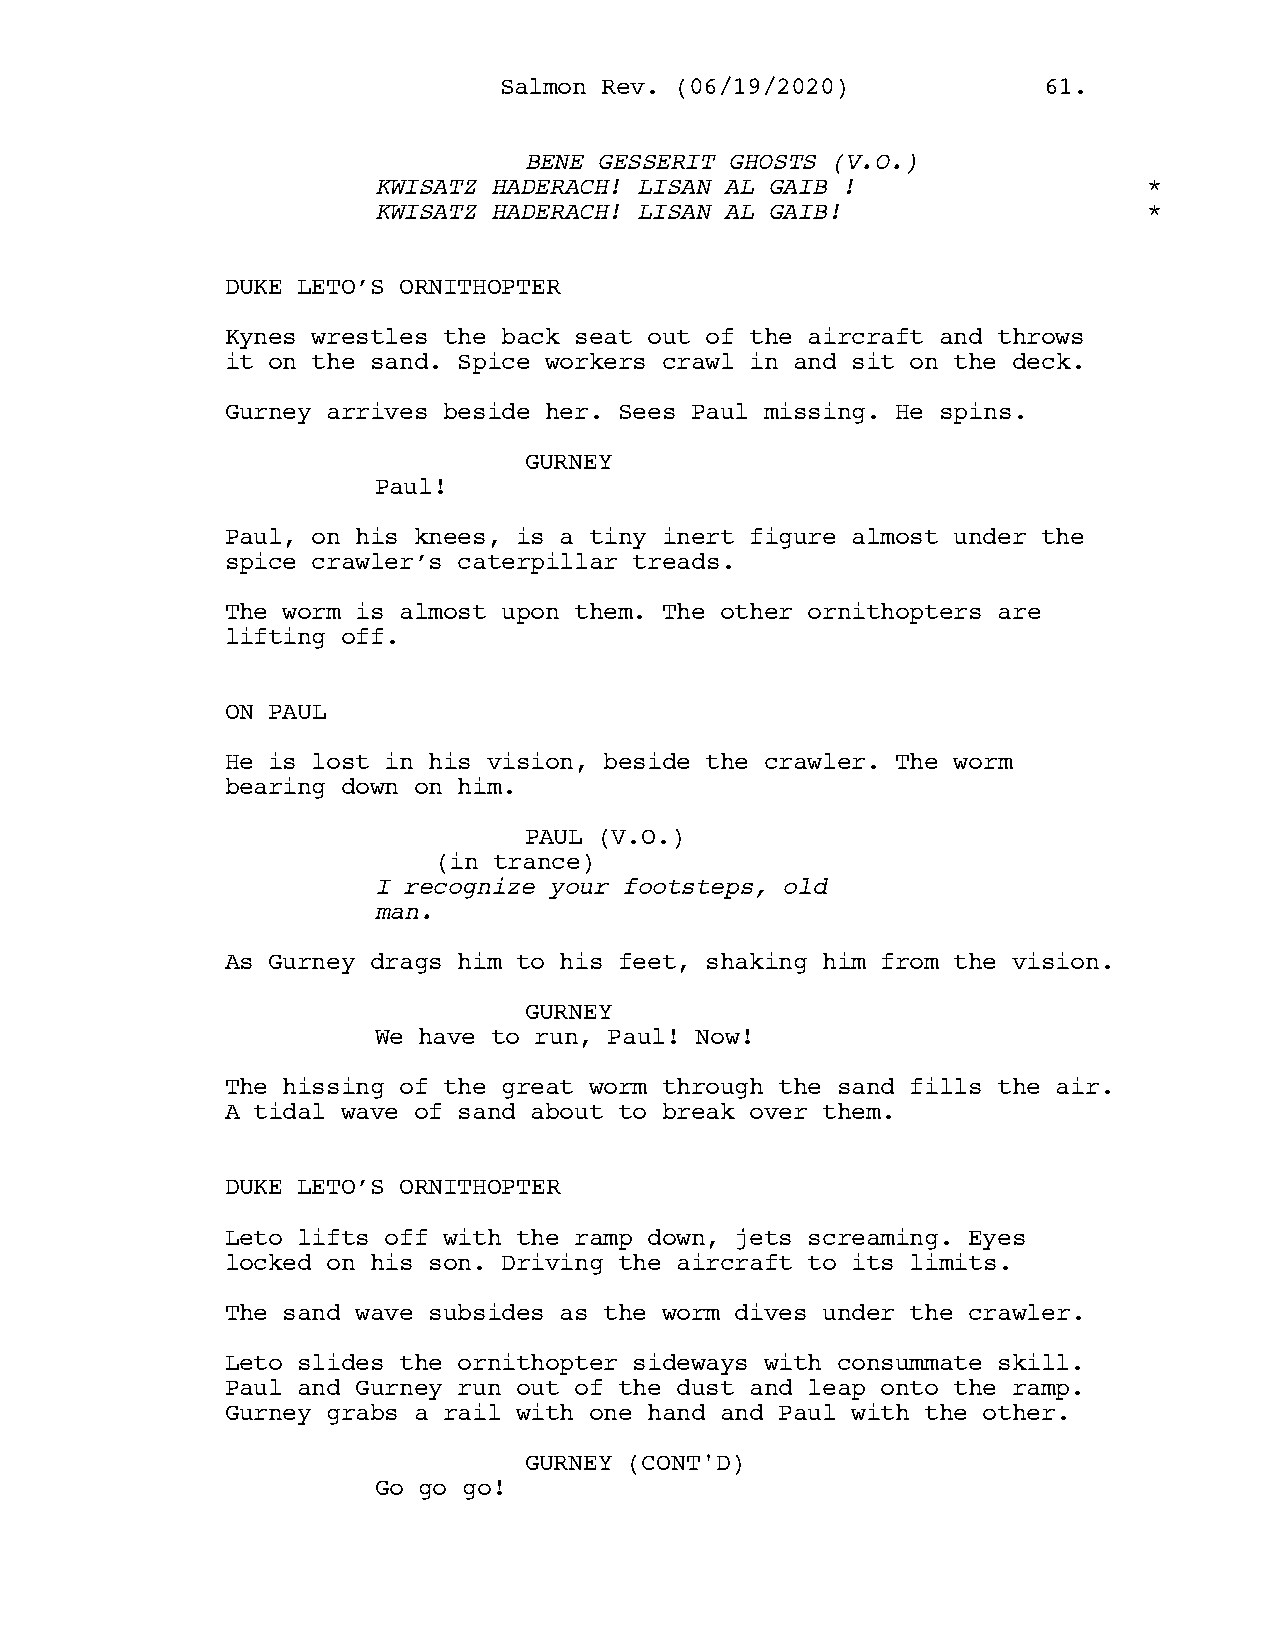
SSaallmmoonn RReevv.. ((0066//1199//22002200)) 6611..
 BENE GESSERIT GHOSTS (V.O.)
 KWISATZ HADERACH! LISAN AL GAIB !                  *
 KWISATZ HADERACH! LISAN AL GAIB!                   *
 DUKE LETO’S ORNITHOPTER
 Kynes wrestles the back seat out of the aircraft and throws
 it on the sand. Spice workers crawl in and sit on the deck.
 Gurney arrives beside her. Sees Paul missing. He spins.
 GURNEY
 Paul!
 Paul, on his knees, is a tiny inert figure almost under the
 spice crawler’s caterpillar treads.
 The worm is almost upon them. The other ornithopters are
 lifting off.
 ON PAUL
 He is lost in his vision, beside the crawler. The worm
 bearing down on him.
 PAUL (V.O.)
 (in trance)
 I recognize your footsteps, old
 man.
 As Gurney drags him to his feet, shaking him from the vision.
 GURNEY
 We have to run, Paul! Now!
 The hissing of the great worm through the sand fills the air.
 A tidal wave of sand about to break over them.
 DUKE LETO’S ORNITHOPTER
 Leto lifts off with the ramp down, jets screaming. Eyes
 locked on his son. Driving the aircraft to its limits.
 The sand wave subsides as the worm dives under the crawler.
 Leto slides the ornithopter sideways with consummate skill.
 Paul and Gurney run out of the dust and leap onto the ramp.
 Gurney grabs a rail with one hand and Paul with the other.
 GURNEY (CONT'D)
 Go go go!